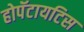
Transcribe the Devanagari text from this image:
होपॅटायटिस